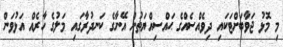
މި މޮޅު ޖަވާބަށްޓަކައި ދިވެއްސެއްގެ ޙައްސިއްޔަތުން އޭނާގެ ކަނދުރާގައި މަލުގެ ހާރެއް އަޅުވަން